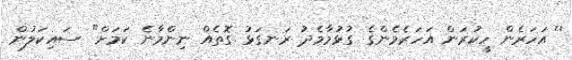
'' އަހަރެން ހީކުރަން އަހަރެމެންގެ ގުޅުމާމެދު ރަނގަޅު ގޮތެއް ނިންމާނެ ކަމަށް" ސައިކަލުން